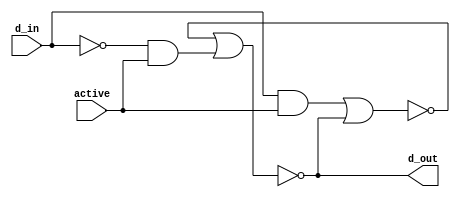
module latch(d_out, active, d_in);
  input active, d_in;
  output reg d_out;
  reg z;

  and(x, ~d_in, active);
  and(y,  d_in, active);
  initial d_out = 0;
  always @(x or y) begin
    z     = ~(y | d_out);
    d_out = ~(z | x);
  end
endmodule

module dff(d_out, active, d_in);
  input active, d_in;
  output d_out;

  latch inst1(x, active, d_in);
  latch inst2(d_out, ~active, x);
endmodule